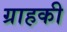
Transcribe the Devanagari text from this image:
ग्राहकी